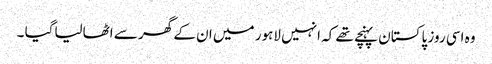
وہ اسی روز پاکستان پہنچے تھے کہ انہیں لاہور میں ان کے گھر سے اٹھالیاگیا ۔